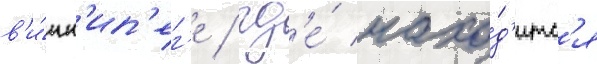
в'и́нн'ип'ег'е / гд'е́ нахо́д'итс'я